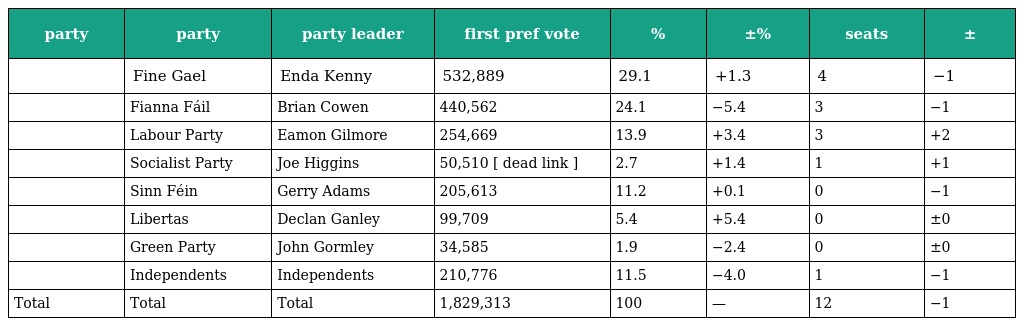
| party | party | party leader | first pref vote | % | ±% | seats | ± |
 | --- | --- | --- | --- | --- | --- | --- | --- |
 |  | Fine Gael | Enda Kenny | 532,889 | 29.1 | +1.3 | 4 | −1 |
 |  | Fianna Fáil | Brian Cowen | 440,562 | 24.1 | −5.4 | 3 | −1 |
 |  | Labour Party | Eamon Gilmore | 254,669 | 13.9 | +3.4 | 3 | +2 |
 |  | Socialist Party | Joe Higgins | 50,510 [ dead link ] | 2.7 | +1.4 | 1 | +1 |
 |  | Sinn Féin | Gerry Adams | 205,613 | 11.2 | +0.1 | 0 | −1 |
 |  | Libertas | Declan Ganley | 99,709 | 5.4 | +5.4 | 0 | ±0 |
 |  | Green Party | John Gormley | 34,585 | 1.9 | −2.4 | 0 | ±0 |
 |  | Independents | Independents | 210,776 | 11.5 | −4.0 | 1 | −1 |
 | Total | Total | Total | 1,829,313 | 100 | — | 12 | −1 |